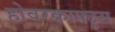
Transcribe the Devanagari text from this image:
होवरक्राफ्ट्स